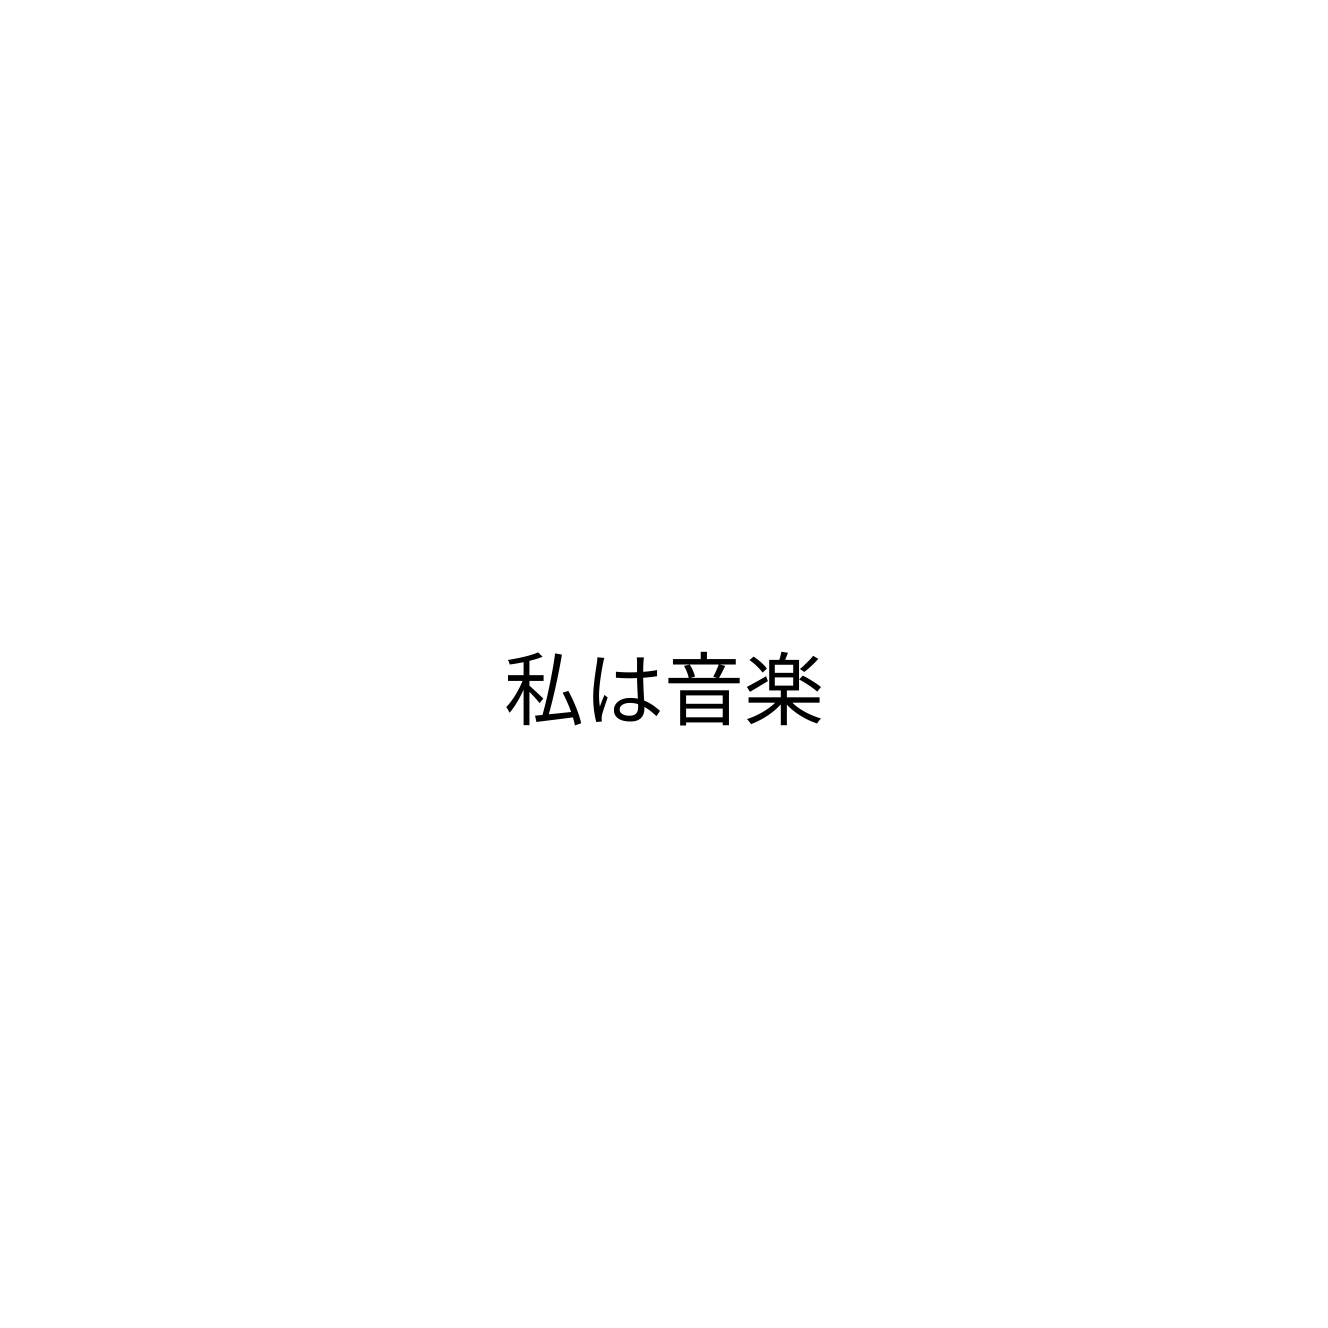
私は音楽